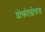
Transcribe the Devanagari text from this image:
प्रोकोलोबस